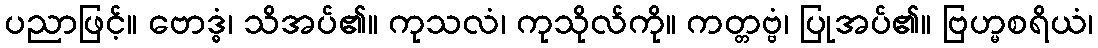
ပညာဖြင့်။ ဗောဒ္ဓံ၊ သိအပ်၏။ ကုသလံ၊ ကုသိုလ်ကို။ ကတ္တဗ္ဗံ၊ ပြုအပ်၏။ ဗြဟ္မစရိယံ၊